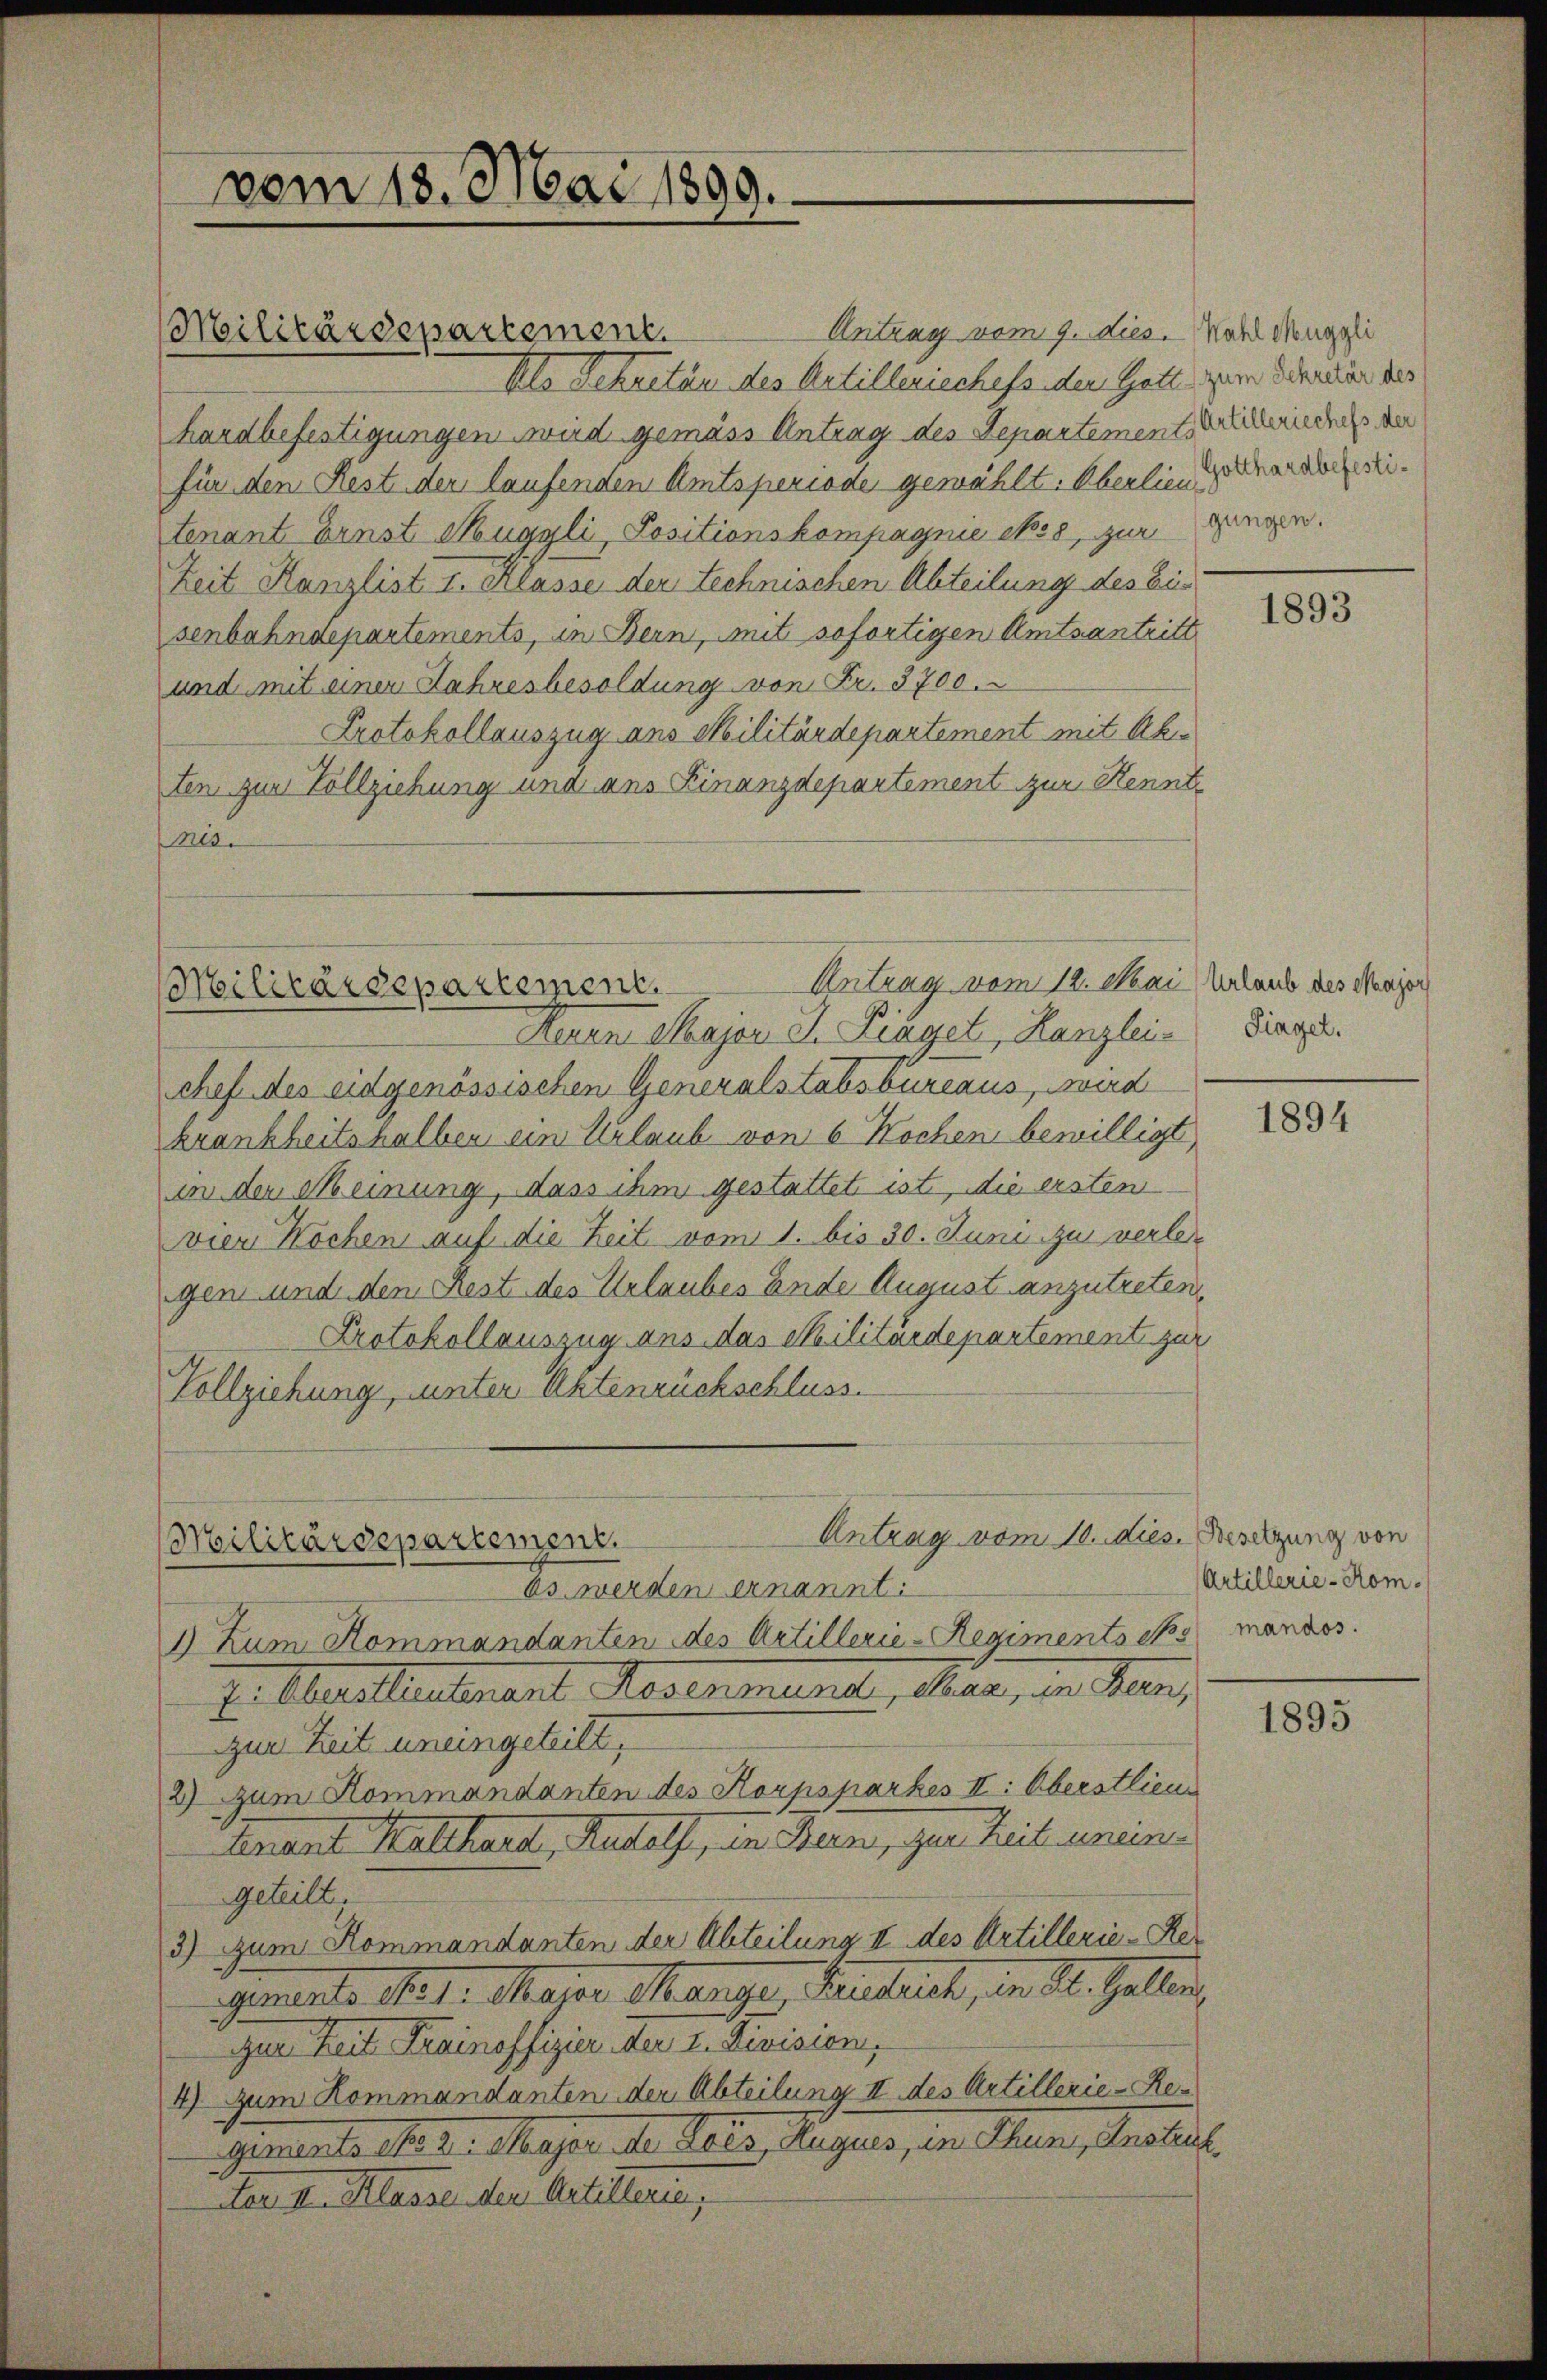
vom 18. Mai 1899.

Antrag vom 9. dies. Wahl Nonggli
Als Sekretär des Antillenischefs der Gatte zum Schandler des
hardbefestigungen wird gemäss Antrag des Departement acherisches der
für den Rest der laufenden Amtsperiode gewählt. Oberlieu
tenant Ernst Muggli, Positionskompagnie ehes, zur gangen.
Zeit Kanzlist I. Klasse der technischen Abteilung des Eisenbahndepartements, in Bern, mit sofortigen Amtsantritt
und mit einen Jahresbesoldung von Fr. 3700.
Protokollauszug aus Militärdepartement mit Abten zur Vollziehung und ans Finanzdepartement zur Kenntnis.

Militärdepartement.

Neuen Major J. Fiaget, Kanzlei-
chef des eidgenössischen Generalstabsbureaus, wird
krankheitshalben ein Urlaub von 6 Wochen bewilligt
in den Meinung, dass ihm gestattet ist, die ersten
vier Kochen auf die Zeit vom 1. bis 30. Juni zu verlegen und dem Rest des Urlaubes Ende August anzutreten,
Protokollauszug aus das Militärdepartement zur
Vollziehung, unter Aktenruckschluss.

Antrag vom 12. Mai Urlaub des Neuzer
Militärdepartement.

Es werden ernannt.
1) Zum Kommandanten des Artillerie-Regimentschs mandos
I. Oberstentenant Rosenmand, char, in Bern,
zur Zeit uneingeteilt,
2) zum Kommandanten des Korpsparkes II: Oberstlieur
Anant Kalchard, Ruhelf, in Stein, zur Zeit unen
geteilt
3) Zum Kommandanten der Abteilung II des Artillerie-Re
genarte Art. Major Mange, Baustrict, den St. Gallein,
zur Zeit Trainoffizier der 2. Division,
4) zum Kommandanten der Abteilung II des Artillerie-Re¬
Genants No 2. Major der Reis, Augues, in Thun, Ansteif
dter den Klasse der Artillerin,

Antrag vom 10. dies. Besetzung von
Militärdepartement.

Gotthardbefesti¬

1893

Singel.

1894

Artillerie-Kom¬

1895